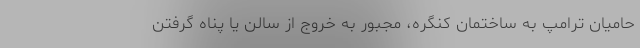
حامیان ترامپ به ساختمان کنگره، مجبور به خروج از سالن یا پناه گرفتن